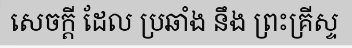
សេចក្តី ដែល ប្រឆាំង នឹង ព្រះគ្រីស្ទ